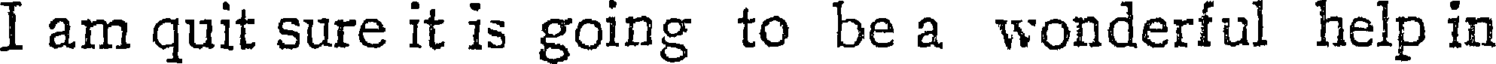
I am quit sure it is going to be a wonderful help in